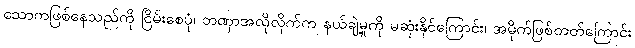
သောကဖြစ်နေသည်ကို ငြိမ်းစေပုံ၊ တဏှာအလိုလိုက်က နယ်ချဲ့မှုကို မဆုံးနိုင်ကြောင်း၊ အမိုက်ဖြစ်တတ်ကြောင်း